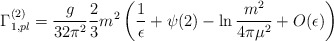
\begin{align*}\Gamma _{1,pl}^{(2)}=\frac{g}{32\pi^2}\frac23m^2\left(\frac{1}{\epsilon}+\psi(2)-\ln\frac{m^2}{4\pi\mu^2}+O(\epsilon)\right)\end{align*}